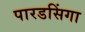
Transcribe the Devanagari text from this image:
पारडसिंगा